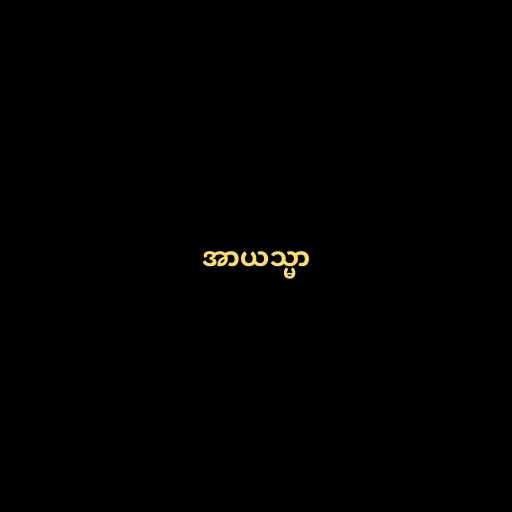
အာယသ္မာ